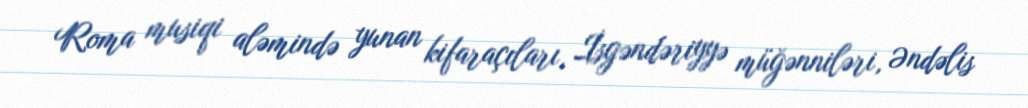
Roma musiqi aləmində yunan kifaraçıları, İsgəndəriyyə müğənniləri, Əndəlis